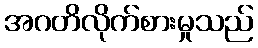
အဂတိလိုက်စားမှုသည်